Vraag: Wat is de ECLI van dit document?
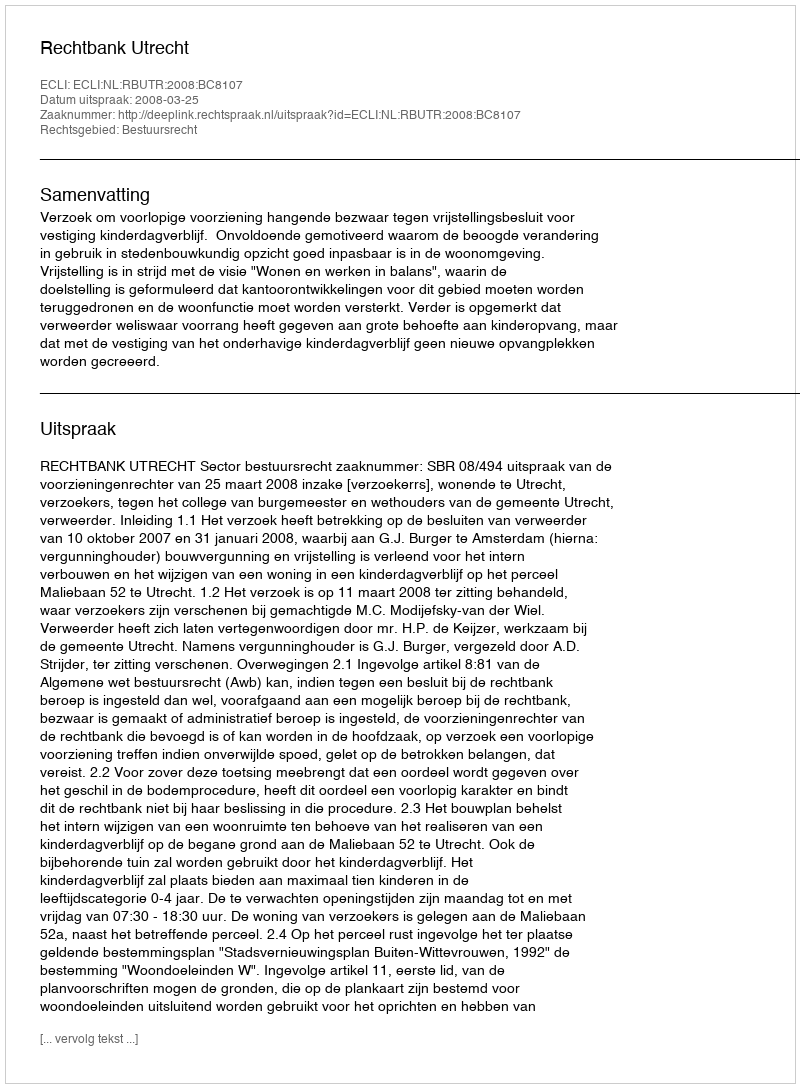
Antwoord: ECLI:NL:RBUTR:2008:BC8107